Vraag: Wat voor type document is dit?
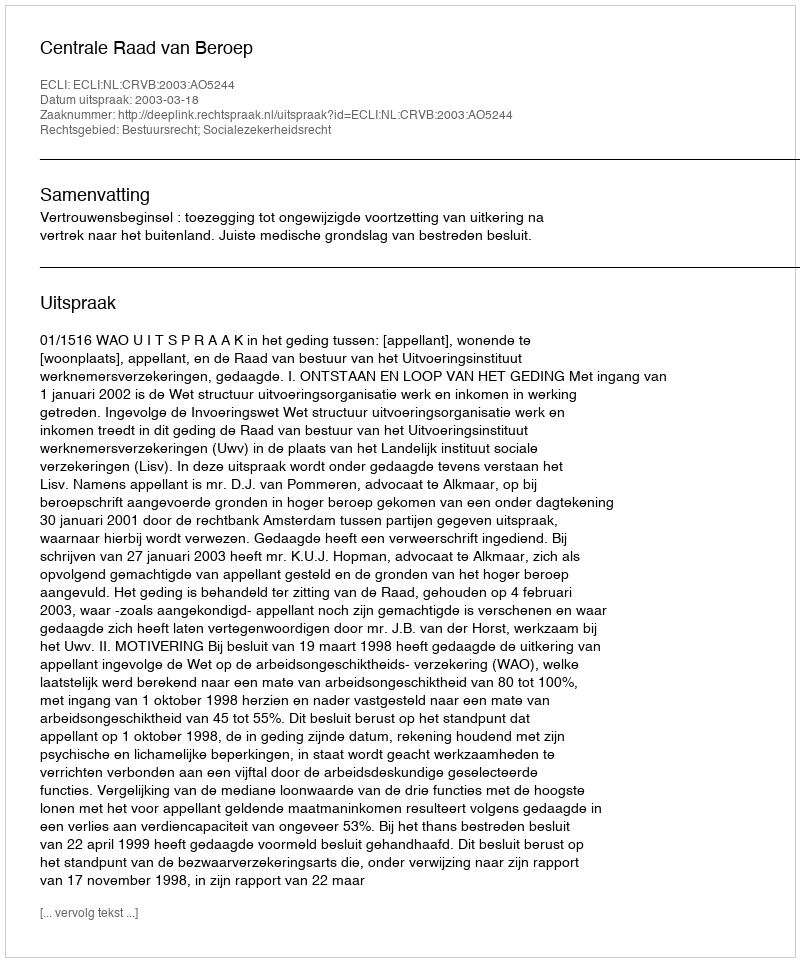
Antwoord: Uitspraak